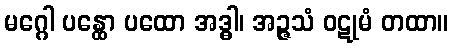
မဂ္ဂေါ ပန္ထော ပထော အဒ္ဓါ၊ အဉ္ဇသံ ဝဋုမံ တထာ။